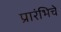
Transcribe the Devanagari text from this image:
प्रारंभिचे